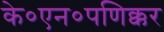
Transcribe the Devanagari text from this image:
के०एन०पणिक्कर